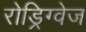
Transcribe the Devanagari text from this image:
रोड्रिग्वेज